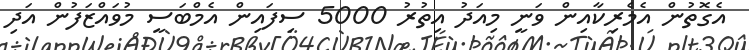
އެގޮތުން އެމެރިކާއިން ވަނީ މިއަދު އިތުރު 5000 ސިފައިން އެމްބަސީ މުވައްޒަފުން އަދި